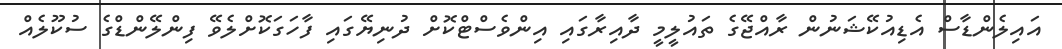
އައިލެންޑާސް އެޑިއުކޭޝަނުން ރާއްޖޭގެ ތައުލީމީ ދާއިރާގައި އިންވެސްޓްކޮށް ދުނިޔޭގައި ފާހަގަކޮށްލެވޭ ފިންލޭންޑްގެ ސުކޫލެއް